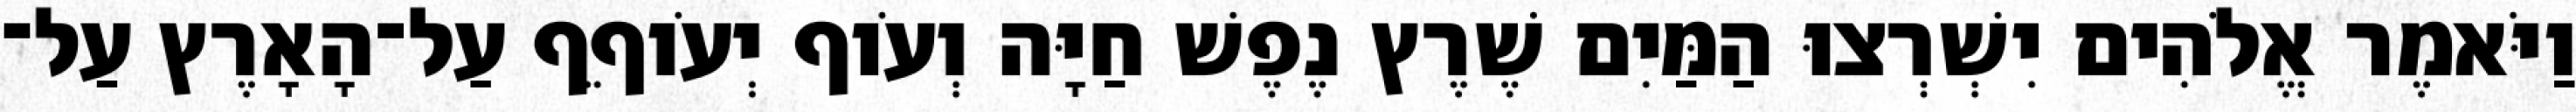
וַיֹּאמֶר אֱלֹהִים יִשְׁרְצוּ הַמַּיִם שֶׁרֶץ נֶפֶשׁ חַיָּה וְעֹוף יְעֹוףֵף עַל־הָאָרֶץ עַל־